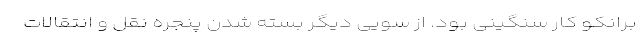
برانکو کار سنگینی بود. از سویی دیگر بسته شدن پنجره نقل و انتقالات